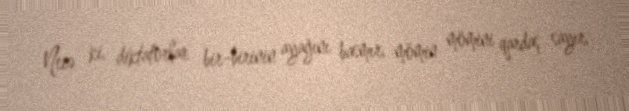
Necə ki, diktatorlar bir-birinin ayağını basmır, mömin mömini qardaş sayır,